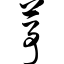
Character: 葶